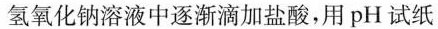
氢氧化钠溶液中逐渐滴加盐酸，用pH试纸